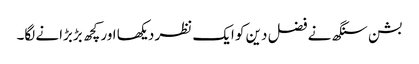
بشن سنگھ نے فضل دین کو ایک نظر دیکھا اور کچھ بڑبڑانے لگا۔